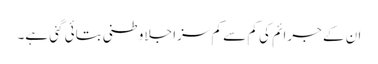
ان کے جرائم کی کم سے کم سزا جلاوطنی بتائی گئی ہے۔